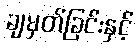
ချမှတ်ခြင်းနှင့်